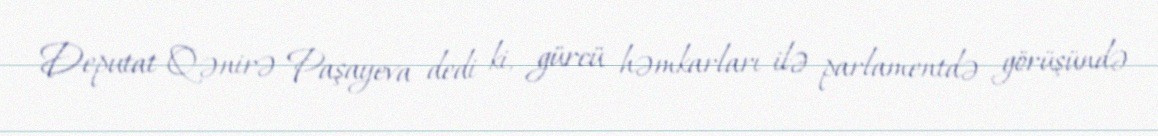
Deputat Qənirə Paşayeva dedi ki, gürcü həmkarları ilə parlamentdə görüşündə